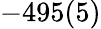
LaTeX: -495(5)